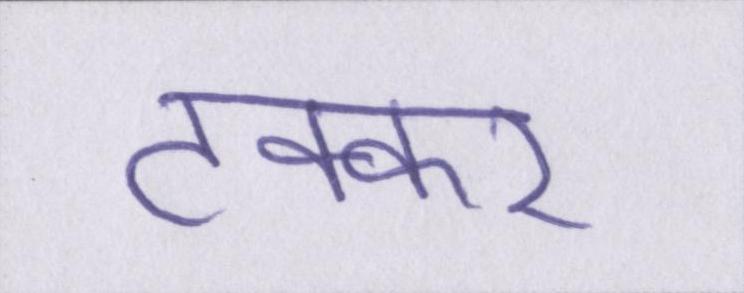
टक्कर